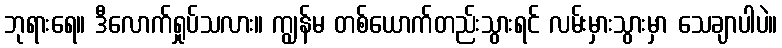
ဘုရားရေ။ ဒီလောက်ရှုပ်သလား။ ကျွန်မ တစ်ယောက်တည်းသွားရင် လမ်းမှားသွားမှာ သေချာပါပဲ။